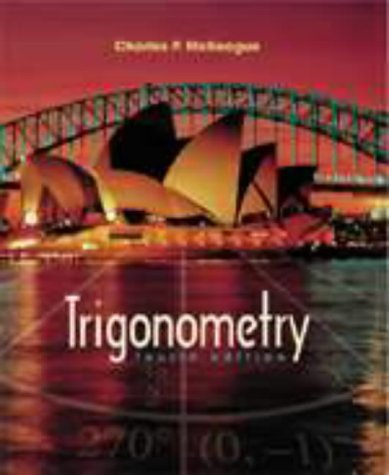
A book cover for Trigonometry; Charles P. McKeague; Science & Math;